Vaccination in the Punjab 1919-1929 - 1919-1929
Year: 1919
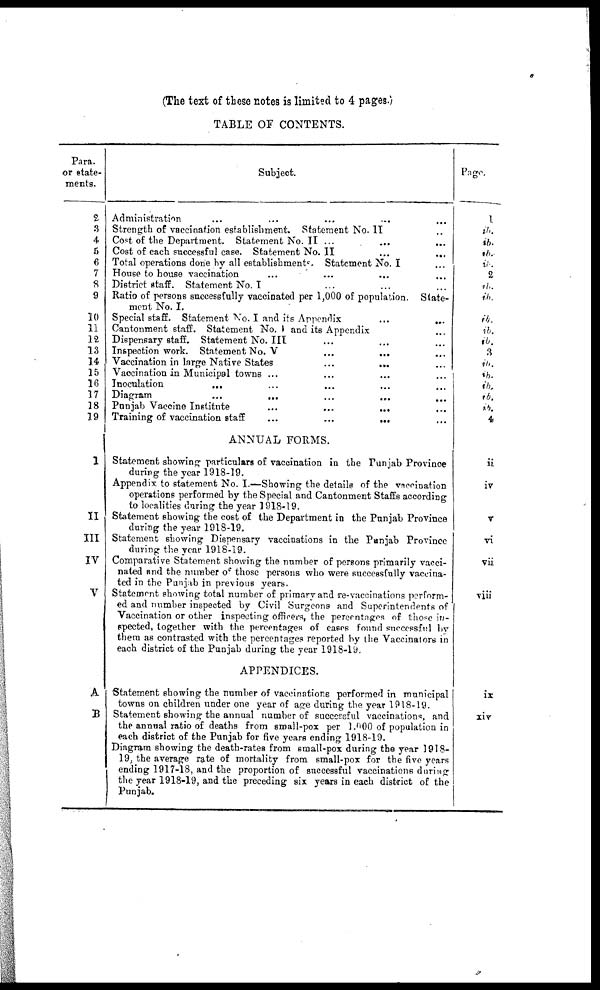
(The text of these notes is limited to 4 pages.)
TABLE OF CONTENTS.
Para.
or state-
ments.
2
3
4
5
6
7
8
9
10
11
12
13
14
15
16
17
18
19
I
II
III
IV
V
A
B
Subject.
Administration
...
...
...
...
...
Strength of vaccination establishment. Statement No. II ...
Cost of the Department. Statement No.II ... ... ...
Cost of each successful case. Statement No. II
...
...
...
Total operations done by all establishments Statement No. I
House to house vaccination ... ... ...
District staff. Statement No. I ... ... ...
Ratio of persons successfully vaccinated per 1,000 of population.
State-
ment No. I.
Special staff. Statement No. I and its Appendix
...
...
Cantonment staff. Statement No. I and its Appendix ...
Dispensary staff. Statement No. III ... ... ...
Inspection work. Statement No. V ... ... ...
Vaccination in large Native States
...
...
...
Vaccination in Municipal towns ... ... ... ...
Inoculation ... ... ... ... ...
Diagram ... ... ... ... ...
Punjab Vaccine Institute
...
...
...
...
Training of vaccination staff
...
...
...
...
ANNUAL FORMS.
Statement showing particulars of vaccination in the Punjab Province
during the year 1918-19.
Appendix to statement No. I.—Showing the details of the vaccination
operations performed by the Special and Cantonment Staffs according
to localities during the year 1 918-19.
Statement showing the cost of the Department in the Punjab Province
during the year 1918-19.
Statement showing Dispensary vaccinations in the Punjab Province
during the year 1918-19.
Comparative Statement showing the number of persons primarily vacci-
nated and the number of those persons who were successfully vaccina-
ted in the Punjab in previous years.
Statement showing total number of primary and re-vaccinations perform-
ed and number inspected by Civil Surgeons and Superintendents of
Vaccination or other inspecting officers, the percentages of those in-
spected, together with the percentages of cases found successful by
them as contrasted with the percentages reported by the Vaccinators in
each district of the Punjab during the year 1918-19.
APPENDICES.
Statement showing the number of vaccinations performed in municipal
towns on children under one year of age during the year 1918-19.
Statement showing the annual number of successful vaccinations, and
the annual ratio of deaths from small-pox per 1.000 of population in
each district of the Punjab for five years ending 1918-19.
Diagram showing the death-rates from small-pox during the year 1918-
19, the average rate of mortality from small-pox for the five years
ending 1917-18, and the proportion of successful vaccinations during
the year 1918-19, and the preceding six years in each district of the
Punjab.
Page.
1
ib.
ib.
ib.
ib.
2
ib.
ib.
ib.
ib.
ib.
3
ib.
ib.
ib.
ib.
ib.
4
ii
iv
v
vi
vii
viii
ix
xiv